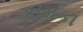
કામકા